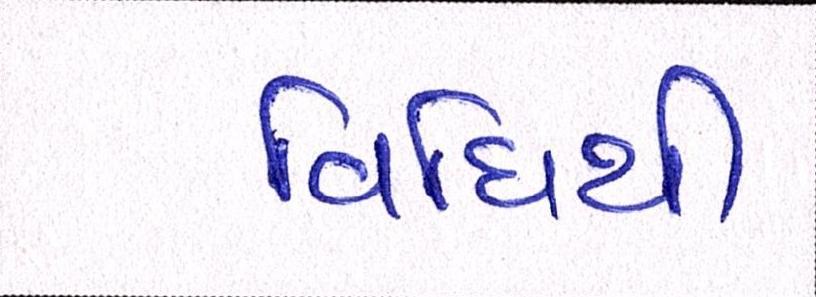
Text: વિધિથી